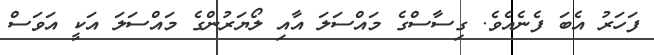
ފަހަރު އެބަ ފެނެއެވެ. ގިސާސްގެ މައްސަލަ އާއި ލޯޔަރުންގެ މައްސަލަ އަކީ އަވަސް